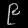
Digit: ၉